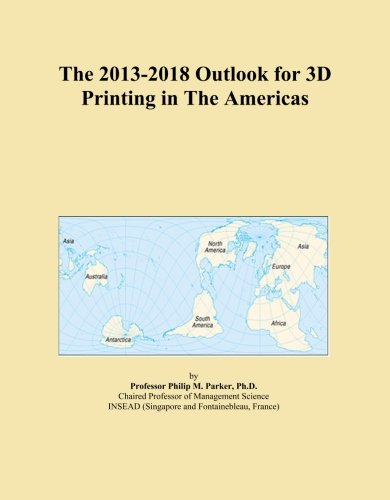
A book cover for The 2013-2018 Outlook for 3D Printing in The Americas; Icon Group International; Computers & Technology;